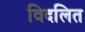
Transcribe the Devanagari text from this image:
विदलित